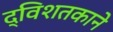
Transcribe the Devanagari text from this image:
द्विशतकाने